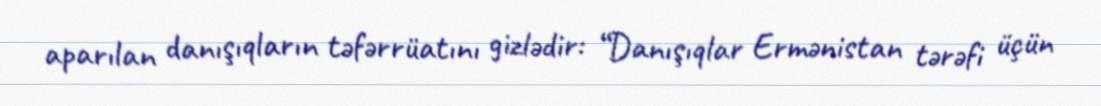
aparılan danışıqların təfərrüatını gizlədir: “Danışıqlar Ermənistan tərəfi üçün